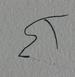
Signature authenticity: forged